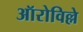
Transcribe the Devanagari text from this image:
ऑरोविल्ले